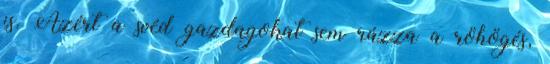
is. Azért a svéd gazdagokat sem rázza a röhögés,